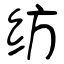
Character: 纺